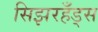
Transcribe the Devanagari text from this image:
सिझरहँड्स